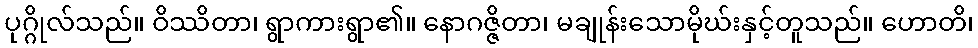
ပုဂ္ဂိုလ်သည်။ ဝိဿိတာ၊ ရွာကားရွာ၏။ နောဂဇ္ဇိတာ၊ မချုန်းသောမိုဃ်းနှင့်တူသည်။ ဟောတိ၊